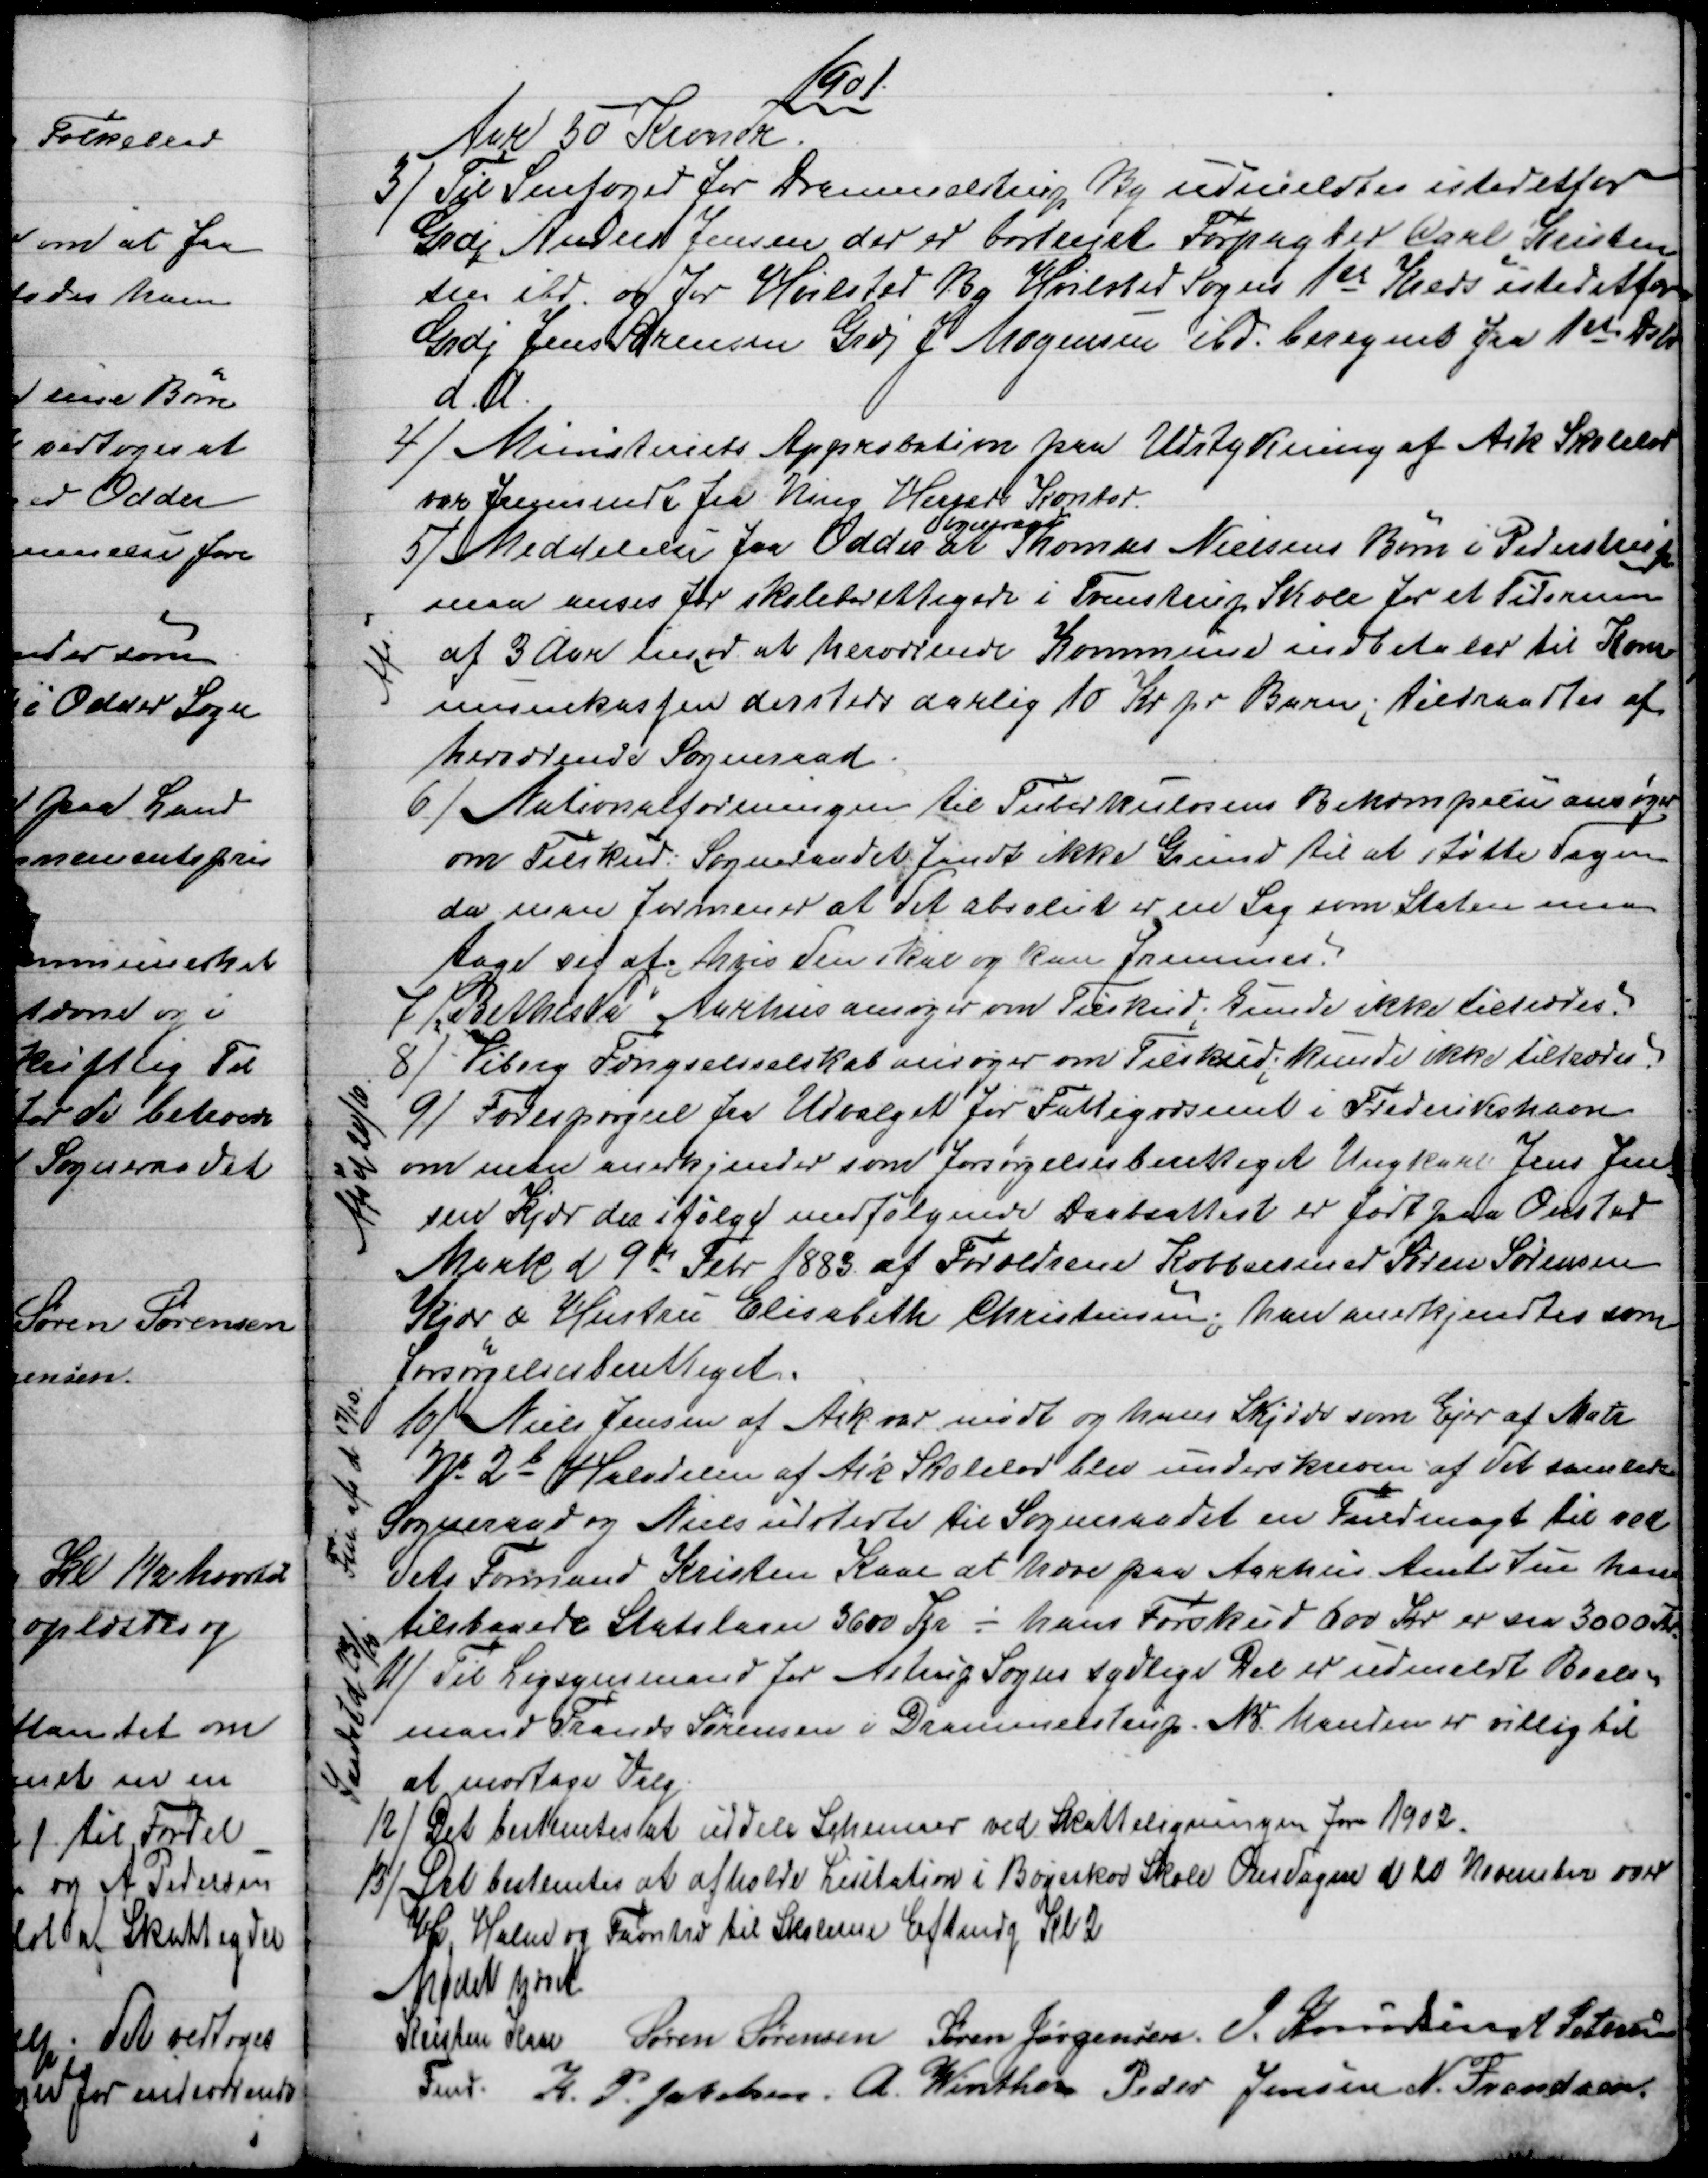
Transskription:
1901
Aar 30 Kroner
3) 
Til Snefoged for Drammelstrup By udmeldtes istedetfor
Grdj Anders Jensen der er bortrejst Forpagter Carl Kristen
sen ibd. og for Hvilsted By Hvilsted Sogns 1st Kreds istedetfor
Grdj Jens Sørensen Grdj J Mogensen ibd. beregnet fra 1ste Dcbr
d. A.
4) 
Ministeriets Approbation paa Udstykning af Ask Skolelod
var fremsendt fra Ning Herreds Kontor
5) Meddelelse fra Odder 
Sogneraad
at Thomas Nielsens Børn i Pederstrup
maa anses for skoleberettigede i Tvenstrup Skole for et Tidsrum
af 3 Aar imod at herværende Kommune indbetaler til Kom
munekassen dersteds aarlig 10 Kr pr Barn; tiltraadtes af
herværende Sogneraad
Afs.
6) Nationalforeningen til Tuberkulosens Bekæmpelse ansøger
om Tilskud. Sogneraadet fandt ikke Grund til at støtte Sagen
da man formener at det absolut er en Sag som Staten maa
tage sig af hvis den skal og kan fremmes.
7)
"Bethesda" Aarhus ansøger om Tilskud; kunde ikke tiltrædes.
8) 
Viborg Fængselsselskab ansøger om Tilskud; kunde ikke tiltrædes.
9) 
Forespørgsel fra Udvalget for Fattigvæsenet i Frederikshavn
om man anerkjender som forsørgelsesberettiget Ungkarl Jens Jen
sen Kjær der ifølge medfølgende Daabsattest er født paa Onsted
Mark d. 9de Febr 1883 af Forældrene Kobbersmed Søren Sørensen
Kjær & Hustru Elisabeth Christensen; han anerkjendtes som
forsørgelsesberettiget.
Afs. d 20/10.
10) 
Niels Jensen af Ask var mødt og hans Skjøde som Ejer af Matr
№ 2b Halvdelen af Ask Skolelod blev underskreven af det samlede
Sogneraad og Niels udstedte til Sogneraadet en Fuldmagt til ved
dets Formand Kristen Kaae at hæve paa Aarhus Amtstue hans
tilstaaede Statslaan 3600 Kr - hans Forskud 600 Kr. er saa 3000 Kr.
Fin. afs d 17/10.
11) 
Til Ligsynsmand for Astrup Sogns sydlige Del er udmeldt Boels-
mand Frands Sørensen i Drammelstrup. NB. Manden er villig til
at modtage Valg
Indsd d 23/10.
12) 
Det bestemtes at uddele Schemaer ved Skatteligningen for 1902.
13) 
Det bestemtes at afholde Lisitation i Bøgeskov Skole Onsdagen d 20 November over
Hø Halm og Favntræ til Skolerne Eftmdg Kl 2
Mødet hævet
Kristen Kaae
Fmd. 
Søren Sørensen Søren Jørgensen J. Knudsen A Petersen
K. P. Jakobsen. A. Winther Peder Jensen N. Frandsen